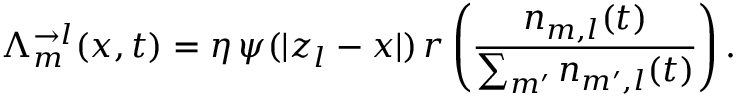
\Lambda _ { m } ^ { \rightarrow l } ( x , t ) = \eta \, \psi ( | z _ { l } - x | ) \, r \left( \frac { n _ { m , l } ( t ) } { \sum _ { m ^ { \prime } } n _ { m ^ { \prime } , l } ( t ) } \right) .